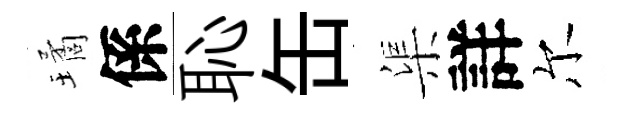
璚係恥缶渠詳尔